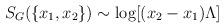
LaTeX: \begin{align*}S_G (\{x_1,x_2 \}) \sim {\rm log} [(x_2 -x_1)\Lambda]\end{align*}